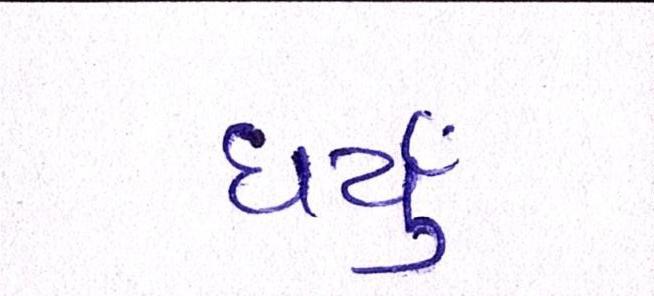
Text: ધર્યું